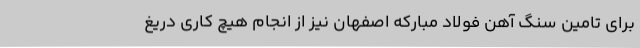
برای تامین سنگ آهن فولاد مبارکه اصفهان نیز از انجام هیچ کاری دریغ